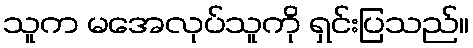
သူက မအေလုပ်သူကို ရှင်းပြသည်။